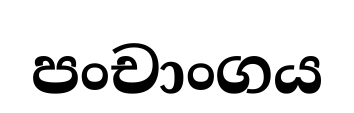
පංචාංගය